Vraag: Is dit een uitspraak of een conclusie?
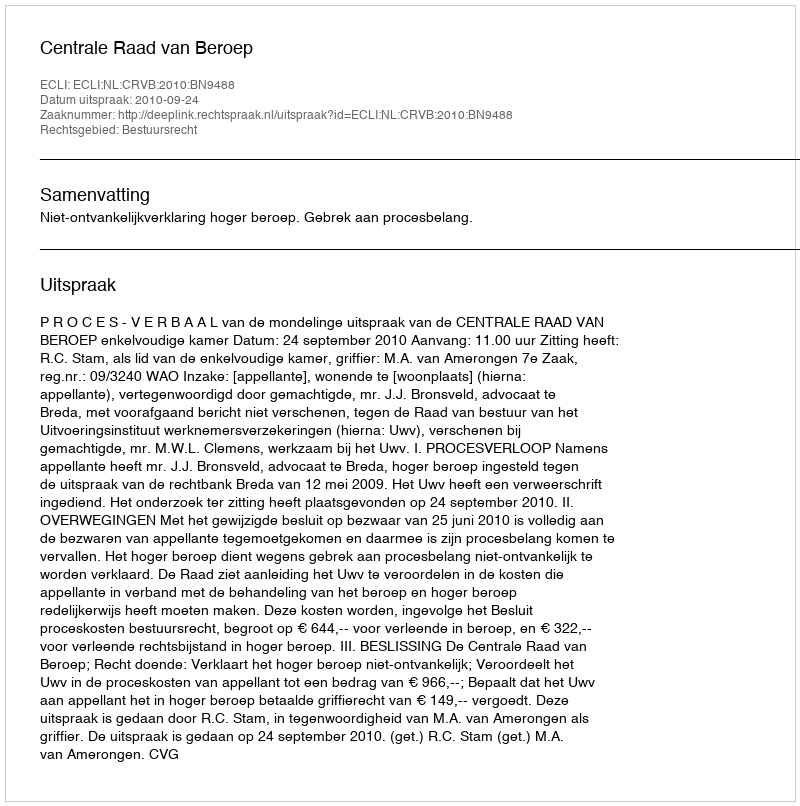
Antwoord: Uitspraak